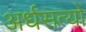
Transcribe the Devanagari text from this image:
अर्धसत्यों